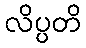
လိပ္ပတိ